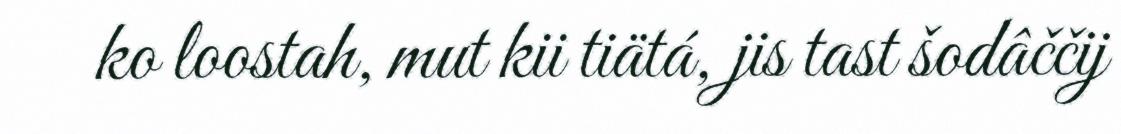
ko loostah, mut kii tiätá, jis tast šodâččij